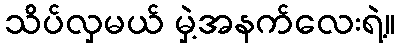
သိပ်လှမယ် မှဲ့အနက်လေးရဲ့။